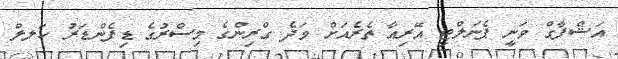
އަޝްފާގް ވަނީ ޕެނަލްޓީ އޭރިއާ ތެރެއަށް ވަދެ ގްރިންގެ މިސްރުގެ ޑިފެންޑަރު ހަލލް